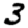
Digit: 3